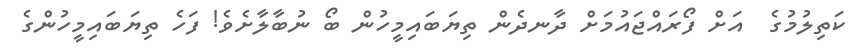
ކަތިލުމުގެ  އަށް ފޯރައްޖައުމަށް ދާނދެން ތިޔަބައިމީހުން ބޯ ނުބާލާށެވެ! ފަހެ ތިޔަބައިމީހުންގެ